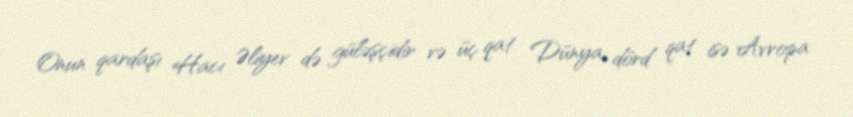
Onun qardaşı Hacı Əliyev də güləşçidir və üç qat Dünya, dörd qat isə Avropa